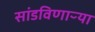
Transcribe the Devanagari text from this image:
सांडविणाऱ्या